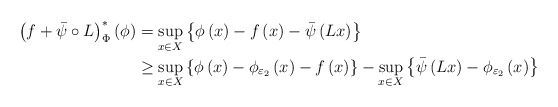
\begin{align*}\left(f+\bar{\psi}\circ L\right)^{*}_\Phi\left(\phi\right) & =\sup_{x\in X}\left\{ \phi\left(x\right)-f\left(x\right)-\bar{\psi}\left(Lx\right)\right\} \\& \geq\sup_{x\in X}\left\{ \phi\left(x\right)-\phi_{\varepsilon_2}\left(x\right)-f\left(x\right)\right\} -\sup_{x\in X}\left\{ \bar{\psi}\left(Lx\right)-\phi_{\varepsilon_2}\left(x\right)\right\}\end{align*}